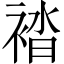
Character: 𧛆